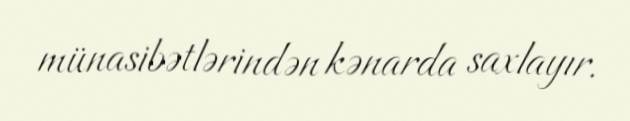
münasibətlərindən kənarda saxlayır.